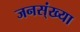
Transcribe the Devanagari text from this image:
जनस्ंख्या